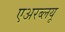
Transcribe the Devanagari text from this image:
एअरब्लयू